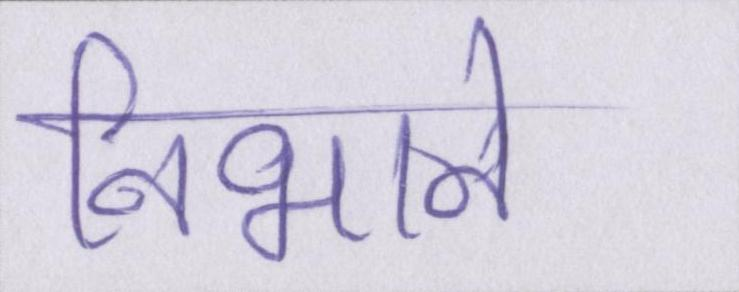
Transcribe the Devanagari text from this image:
निभाने